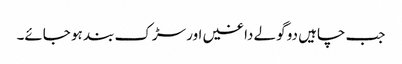
جب چاہیں دو گولے داغیں اور سڑک بند ہو جائے۔